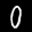
Label: 0